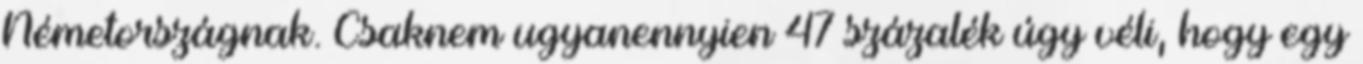
Németországnak. Csaknem ugyanennyien 47 százalék úgy véli, hogy egy